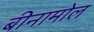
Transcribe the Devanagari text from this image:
बीनामोल